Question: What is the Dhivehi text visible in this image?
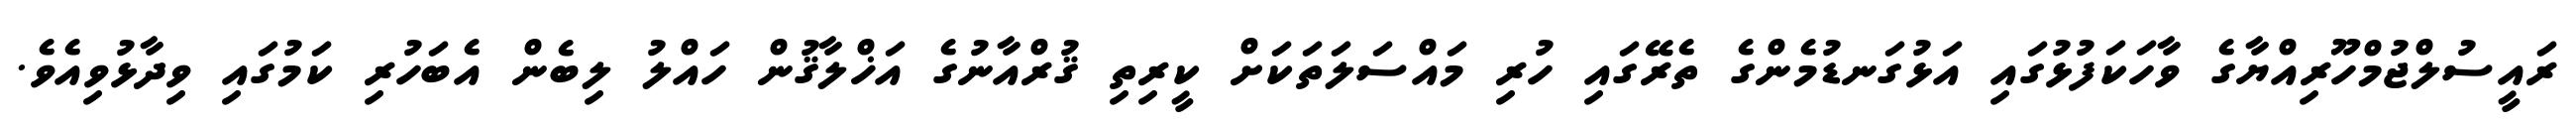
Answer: ރައީސުލްޖުމްހޫރިއްޔާގެ ވާހަކަފުޅުގައި އަޅުގަނޑުމެންގެ ތެރޭގައި ހުރި މައްސަލަތަކަށް ކީރިތި ޤުރްއާނުގެ އަޚްލާޤުން ހައްލު ލިބެން އެބަހުރި ކަމުގައި ވިދާޅުވިއެވެ.